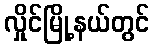
လှိုင်မြို့နယ်တွင်